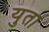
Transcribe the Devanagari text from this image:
युता